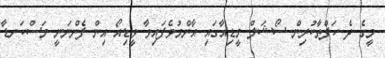
މީގެ ދެ ހަފްތާކުރިން ސޯޝަލް މީޑިއާގައި އާންމުވެފައިވާ ވީޑިއޯ އިން ފެންނަނީ މަސްކަނޑާ